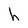
Character: h